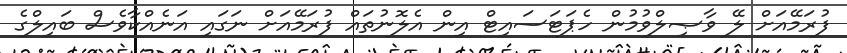
ފުރަމޭއަށް ލޭ ވާޞިލްވުމުން ހެޕަޓަސައިޓް އިން އެލޮނުތައް ފުރަމޭއަށް ނަގައި އަނެއްކާވެސް ބައިލްގެ